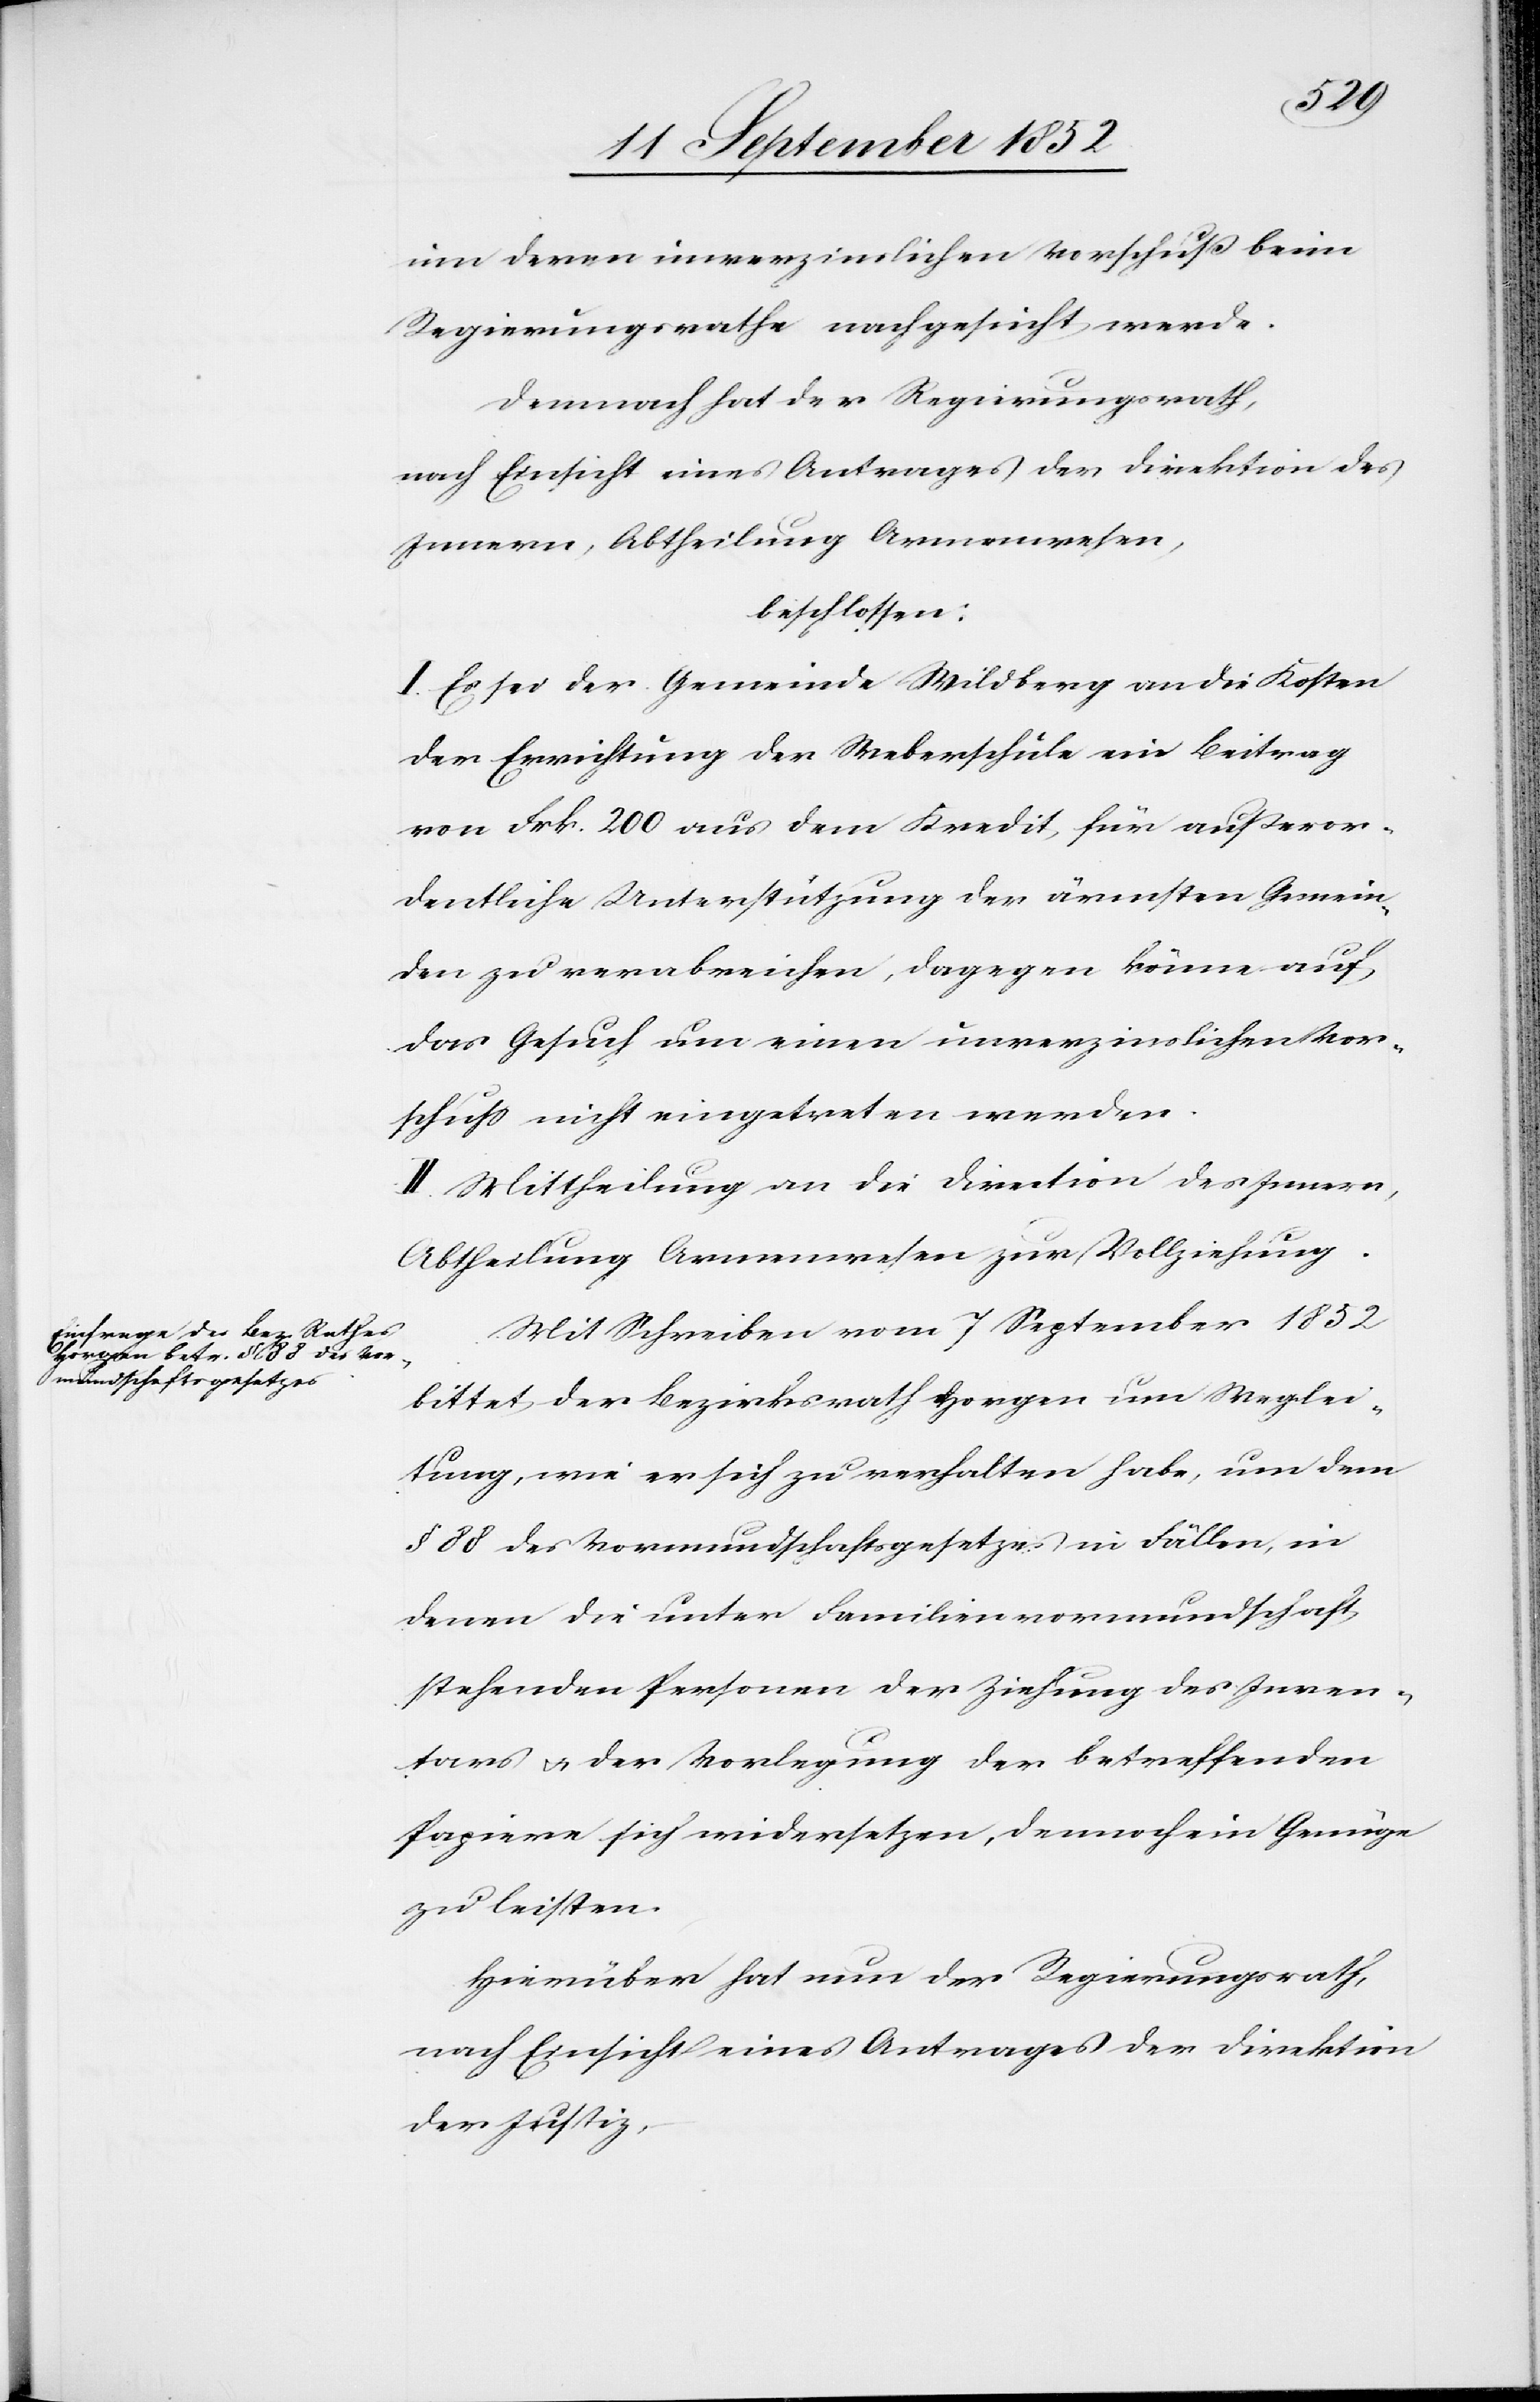
um deren unverzinslichen Vorschuß beim
Regierungsrathe nachgesucht werde.
Demnach hat der Regierungsrath,
nach Einsicht eines Antrages der Direktion des
Innern, Abtheilung Armenwesen,
beschlossen:
I. Es sei der Gemeinde Wildberg an die Kosten
der Errichtung der Weberschule ein Beitrag
von Frk. 200 aus dem Kredit für außeror¬
dentliche Unterstützung der ärmsten Gemein¬
den zu verabreichen, dagegen könne auf
das Gesuch um einen unverzinslichen Vor¬
schuss nicht eingetreten werden.
II. Mittheilung an die Direction des Innern,
Abtheilung Armenwesen zur Vollziehung.
Mit Schreiben vom 7 September 1852
bittet der Bezirksrath Horgen um Weglei¬
tung, wie er sich zu verhalten habe, um dem
§ 88 des Vormundschaftsgesetzes in Fällen, in
denen die unter Familienvormundschaft
stehenden Personen der Ziehung des Inven¬
tars & der Vorlegung der betreffenden
Papiere sich widersetzen, dennoch ein Genüge
zu leisten.
Hierüber hat nun der Regierungsrath,
nach Einsicht eines Antrages der Direktion
der Justiz,